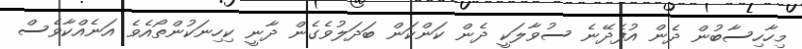
މިހާހިސާބުން ދެން އުފެދޭނެ ސުވާލަކީ ދެން ކަންކަން ބަދަލުވެގެން ދާނީ ކިހިނަކުންތޯއެވެ އަނެއްކާވެސް